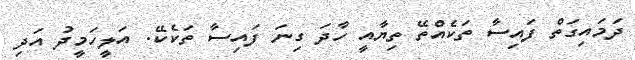
ދަމައިގަތް ފައިސާ ތަކެއްތޭ ތިޔާއީ ހާދަ ގިނަ ފައިސާ ތަކެކޭ. އަލީހަމީދު އަދި